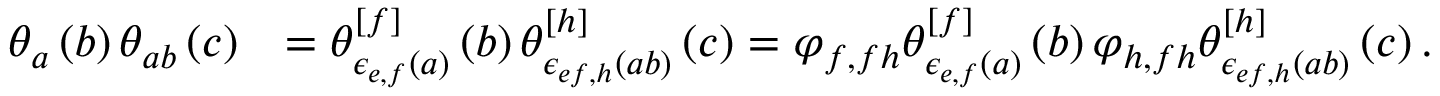
\begin{array} { r l } { \theta _ { a } \left( b \right) \theta _ { a b } \left( c \right) } & { = \theta _ { \epsilon _ { e , f } \left( a \right) } ^ { [ f ] } \left( b \right) \theta _ { \epsilon _ { e f , h } \left( a b \right) } ^ { [ h ] } \left( c \right) = \varphi _ { f , f h } \theta _ { \epsilon _ { e , f } \left( a \right) } ^ { [ f ] } \left( b \right) \varphi _ { h , f h } \theta _ { \epsilon _ { e f , h } \left( a b \right) } ^ { [ h ] } \left( c \right) . } \end{array}